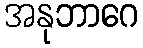
အနုဘာဂေ